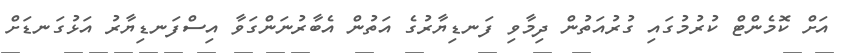
އަށް ކޮމެންޓް ކުރުމުގައި ގުރުއަތުން ދިމާވި ފަނޑިޔާރުގެ އަތުން އެބާރުނަންގަވާ އިސްފަނޑިޔާރު އަޅުގަނޑަށް